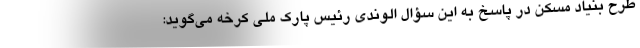
طرح بنیاد مسکن در پاسخ به این سؤال الوندی رئیس پارک ملی کرخه می‌گوید: